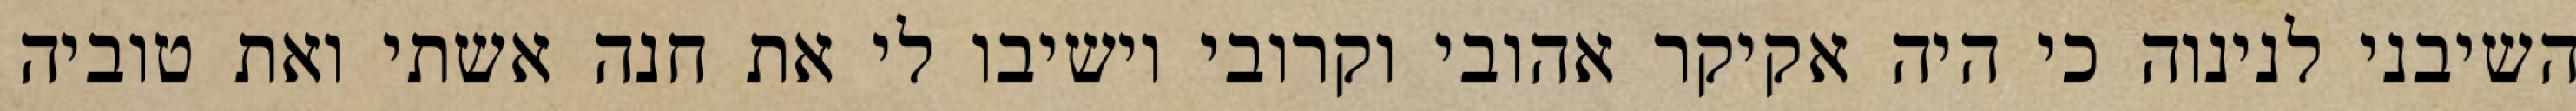
השיבני לנינוה כי היה אקיקר אהובי וקרובי וישיבו לי את חנה אשתי ואת טוביה